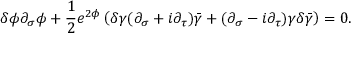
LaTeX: \delta \phi \partial _ { \sigma } \phi + \frac { 1 } { 2 } e ^ { 2 \phi } \left( \delta \gamma ( \partial _ { \sigma } + i \partial _ { \tau } ) \bar { \gamma } + ( \partial _ { \sigma } - i \partial _ { \tau } ) \gamma \delta \bar { \gamma } \right) = 0 .